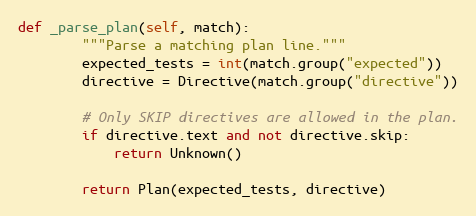
Language: Python
def _parse_plan(self, match):
        """Parse a matching plan line."""
        expected_tests = int(match.group("expected"))
        directive = Directive(match.group("directive"))

        # Only SKIP directives are allowed in the plan.
        if directive.text and not directive.skip:
            return Unknown()

        return Plan(expected_tests, directive)